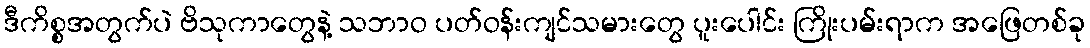
ဒီကိစ္စအတွက်ပဲ ဗိသုကာတွေနဲ့ သဘာဝ ပတ်ဝန်းကျင်သမားတွေ ပူးပေါင်း ကြိုးပမ်းရာက အဖြေတစ်ခု